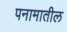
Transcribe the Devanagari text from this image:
पनामातील